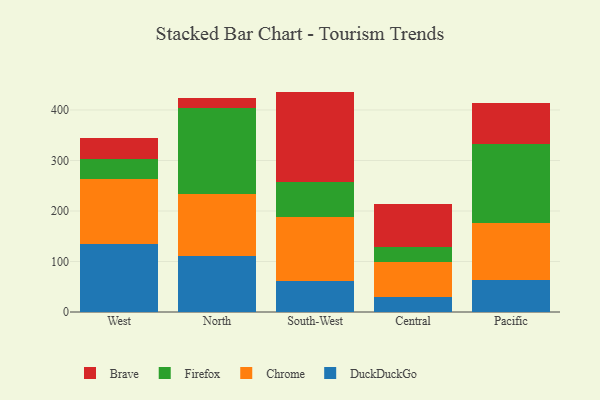
{"axis": {"x": "Region", "y": "Inventory Turnover"}, "legend": ["Brave", "Chrome", "DuckDuckGo", "Firefox"], "data": [{"x": "West", "y": 134.8, "type": "DuckDuckGo"}, {"x": "West", "y": 129.2, "type": "Chrome"}, {"x": "West", "y": 39.3, "type": "Firefox"}, {"x": "West", "y": 42.0, "type": "Brave"}, {"x": "North", "y": 110.9, "type": "DuckDuckGo"}, {"x": "North", "y": 122.4, "type": "Chrome"}, {"x": "North", "y": 170.7, "type": "Firefox"}, {"x": "North", "y": 19.5, "type": "Brave"}, {"x": "South-West", "y": 60.9, "type": "DuckDuckGo"}, {"x": "South-West", "y": 126.4, "type": "Chrome"}, {"x": "South-West", "y": 70.8, "type": "Firefox"}, {"x": "South-West", "y": 178.3, "type": "Brave"}, {"x": "Central", "y": 29.7, "type": "DuckDuckGo"}, {"x": "Central", "y": 69.3, "type": "Chrome"}, {"x": "Central", "y": 29.0, "type": "Firefox"}, {"x": "Central", "y": 85.2, "type": "Brave"}, {"x": "Pacific", "y": 64.2, "type": "DuckDuckGo"}, {"x": "Pacific", "y": 111.1, "type": "Chrome"}, {"x": "Pacific", "y": 157.5, "type": "Firefox"}, {"x": "Pacific", "y": 80.2, "type": "Brave"}]}